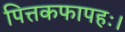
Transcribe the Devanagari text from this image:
पित्तकफापहः।